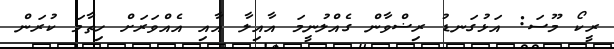
ރީކޯ މޫސަ: އަޅުގަނޑު ރިޟްވާން ގެއްލުނީމަ އާއިލާ އާއި އެއްވަރަށް ހިތާމަ ކުރަން